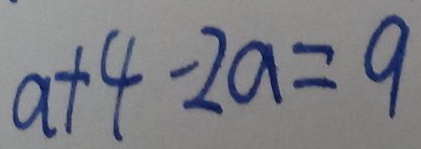
a + 4 - 2 a = 9